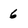
Character: 6